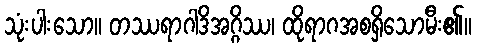
သုံးပါးသော။ တဿရာဂါဒိအဂ္ဂိဿ၊ ထိုရာဂအစရှိသောမီး၏။